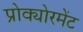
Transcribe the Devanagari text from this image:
प्रोक्योरमेंट